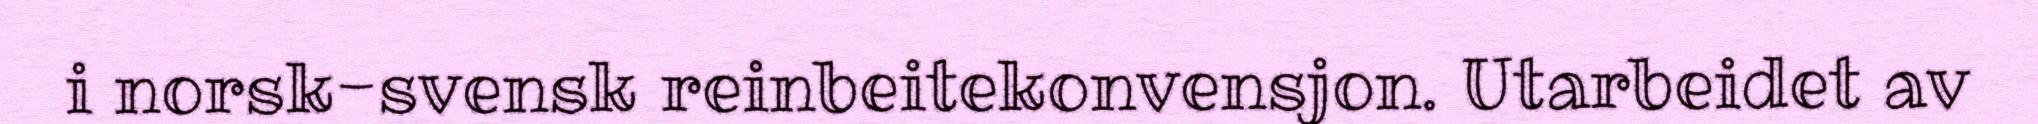
i norsk-svensk reinbeitekonvensjon. Utarbeidet av